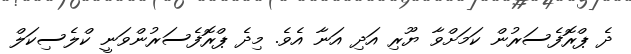
ދެ ޕްރޮފެސަރުން ކަމަށްވާ ޔޫރި އަދި އަނާ އެވެ. މިދެ ޕްރޮފެސަރުންވަނީ ކްލެސިކަލް